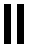
။